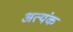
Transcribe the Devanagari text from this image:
अत्यंक